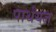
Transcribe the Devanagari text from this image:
पार्थयज्ञ